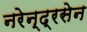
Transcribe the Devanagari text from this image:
नरेन्द्रसेन